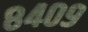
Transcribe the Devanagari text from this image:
८४०९